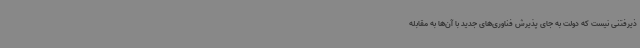
ذیرفتنی نیست که دولت به جای پذیرش فناوری‌های جدید با آن‌ها به مقابله